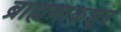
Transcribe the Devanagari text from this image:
ब्राह्मणाकशून